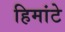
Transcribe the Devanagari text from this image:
हिमांटे